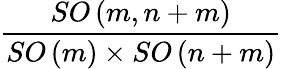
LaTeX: \frac{SO\left(m,n+m\right)}{SO\left(m\right)\times SO\left(n+m\right)}